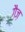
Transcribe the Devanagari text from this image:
ग़ैज़